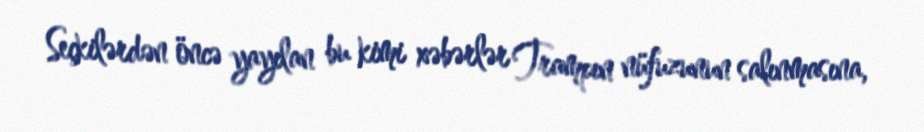
Seçkilərdən öncə yayılan bu kimi xəbərlər Trampın nüfuzunun salınmasına,